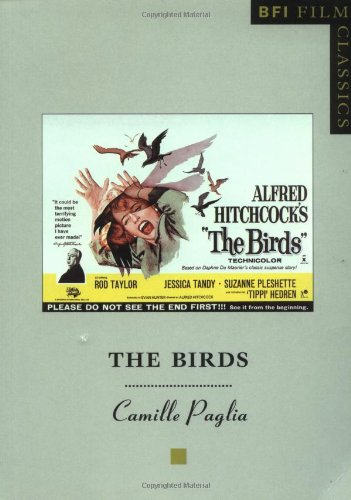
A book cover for The Birds (BFI Film Classics); Camille Paglia; Humor & Entertainment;